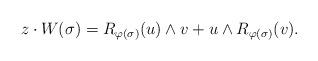
LaTeX: \begin{align*} z\cdot W(\sigma) = R_{\varphi(\sigma)}(u) \wedge v + u \wedge R_{\varphi(\sigma)}(v) .\end{align*}